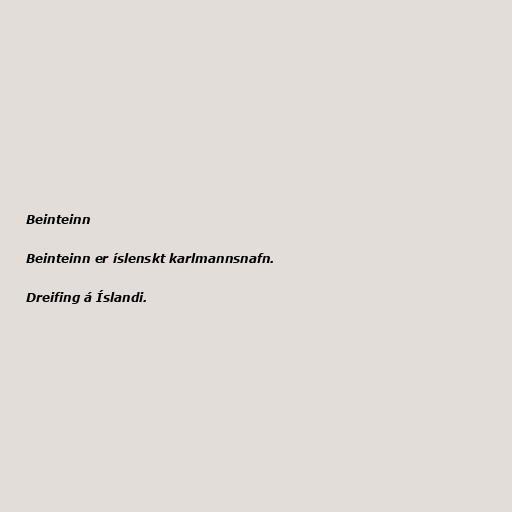
Beinteinn

Beinteinn er íslenskt karlmannsnafn.

Dreifing á Íslandi.